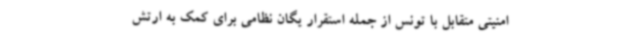
امنیتی متقابل با تونس از جمله استقرار یگان نظامی برای کمک به ارتش